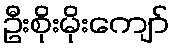
ဦးစိုးမိုးကျော်